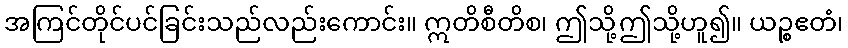
အကြင်တိုင်ပင်ခြင်းသည်လည်းကောင်း။ ဣတိစီတိစ၊ ဤသို့ဤသို့ဟူ၍။ ယဉ္စဧတံ၊